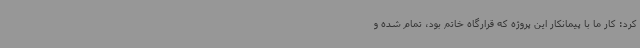
کرد: کار ما با پیمانکار این پروژه که قرارگاه خاتم بود، تمام شده و